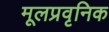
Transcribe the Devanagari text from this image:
मूलप्रवृनिक